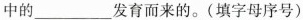
中的___发育而来的。(填字母序号)